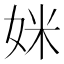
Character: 𫰤